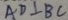
A D \bot B C